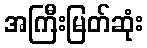
အကြီးမြတ်ဆုံး